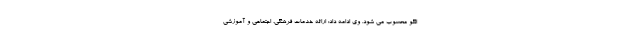
الگو محسوب می شود. وی ادامه داد: ارائه خدمات فرهنگی، اجتماعی و آموزشی